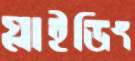
গ্লাইডিং